King Institute of Preventive Medicine Bacteriolog. Section reports 1907-08
Year: 1907
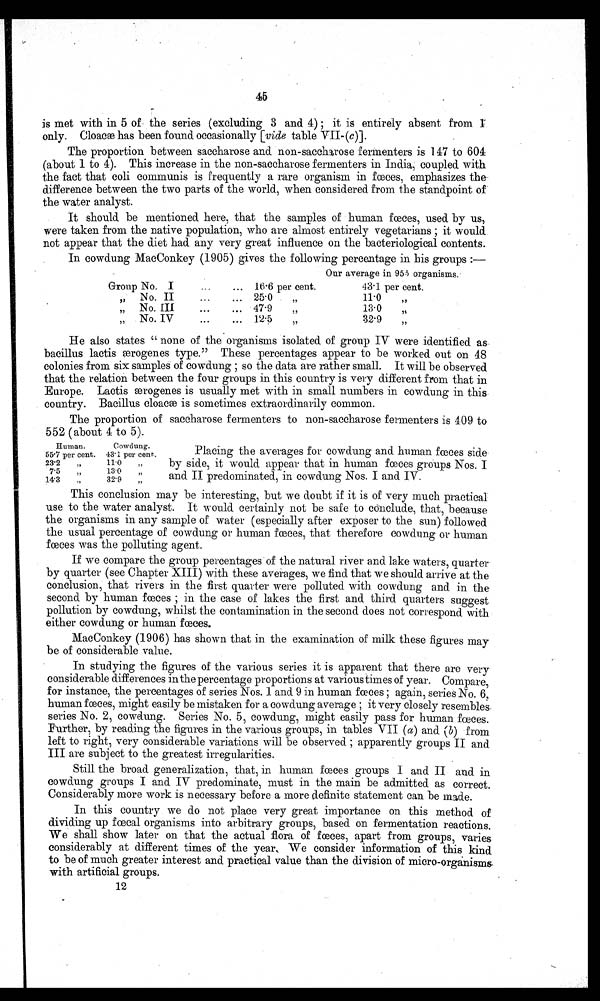
45
is met with in 5 of the series (excluding 3 and 4); it is entirely absent from I
only. Cloacæ has been found occasionally [vide table VII-(c)].
The proportion between saccharose and non-saccharose fermenters is 147 to 604
(about 1 to 4). This increase in the non-saccharose fermenters in India, coupled with
the fact that soli communis is frequently a rare organism in fœces, emphasizes the
difference between the two parts of the world, when considered from the standpoint of
the water analyst.
It should be mentioned here, that the samples of human fœces, used by us,
were taken from the native population, who are almost entirely vegetarians; it would
not appear that the diet had any very great influence on the bacteriological contents.
In cowdung MacConkey (1905) gives the following percentage in his groups : —
Our average in 955 organisms.
Group No. I
... 16.6 per cent.
43.1 per cent.
No. II
25.0
11.0
,,
No. III
... 479
„
13.0
,,
,,
No. IV
12.5.
32.9
He also states " none of the organisms isolated of group IV were identified as
bacillus lactis ærogenes type." These percentages appear to be worked out on 48
colonies from six samples of cowdung ; so the data are rather small. It will be observed
that the relation between the four groups in this country is very different from that in
Europe. Lactis ærogenes is usually met with in small numbers in cowdung in this-
country. Bacillus cloacæ is sometimes extraordinarily common.
The proportion of saccharose fermenters to non-saccharose fermenters is 409 to
552 (about 4 to 5).
Human.
Cowdung.
Placing the averages for cowdung and human fœces side-
55 .7 per cent. 43 • 1 per cent.
23 . 2 „
11.0 „
by side, it would appear that in human fœces groups Nos. I
7.5
,,
13.0
32.9 „ and II predominated, in cowdung Nos. I and IV.
14.3
This conclusion may be interesting, but we doubt if it is of very much practical
use to th.e water analyst. It would certainly not be safe to conclude, that, because
the organisms in any sample of water (especially after exposer to the sun) followed
the usual percentage of cowdung or human fœces, that therefore cowdung or human
fœces was the polluting agent.
If we compare the group percentages of the natural river and lake waters, quarter.
by quarter (see Chapter XIII) with these averages, we find that we should arrive at the
conclusion, that rivers in the first quarter were polluted with cowdung and in the
second by human fœces ; in the case of lakes the first and third quarters suggest
pollution by cowdung, whilst the contamination in the second does not correspond with
either cowdung or human fœces.
MacConkey (1906) has shown that in the examination of milk these figures may
be of considerable value.
In studying the figures of the various series it is apparent that there are very
considerable differences in the percentage proportions at various times of year. Compare,
for instance, the percentages of series Nos. 1 and 9 in human fœces ; again, series No. 6,
human fœces, might easily be mistaken for a cowdung average ; it very closely resembles.
series No. 2, cowdung. Series No. 5, cowdung, might easily pass for human fœces.
Further, by reading the figures in the various groups, in tables VII (a) and (b) from
left to right, very considerable variations will be observed ; apparently groups II and
III are subject to the greatest irregularities.
Still the broad generalization, that, in human fœces groups I and II and in
cowdung groups I and IV predominate, must in the main be admitted as correct.
Considerably more work is necessary before a more definite statement can be made.
In this country we do not place very great importance on this method of
dividing up fœcal organisms into arbitrary groups, based on fermentation reactions.
We shall show later on that the actual flora of fœces, apart from groups, varies
considerably at different times of the year. We consider information of this kind
to be of much greater interest and practical value than the division of micro-organisms
with artificial groups.
12